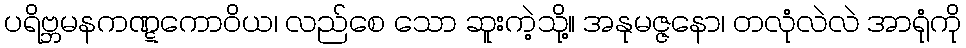
ပရိဗ္ဘမနကဏ္ဋကောဝိယ၊ လည်စေ သော ဆူးကဲ့သို့။ အနုမဇ္ဇနော၊ တလုံလဲလဲ အာရုံကို